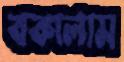
বকালাম